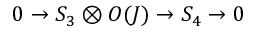
0 \rightarrow S _ { 3 } \otimes { \cal O } ( J ) \rightarrow S _ { 4 } \rightarrow 0